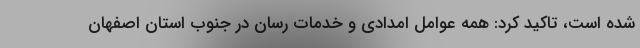
شده است، تاکید کرد: همه عوامل امدادی و خدمات رسان در جنوب استان اصفهان